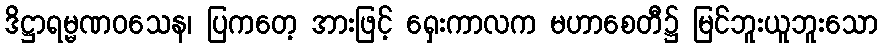
ဒိဋ္ဌာရမ္မဏဝသေန၊ ပြကတေ့ အားဖြင့် ရှေးကာလက မဟာစေတီ၌ မြင်ဘူးယူဘူးသော